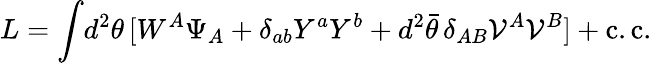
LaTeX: L=\int\! d^{2}\theta\, [W^{A}\Psi_{A}+\delta_{ab}Y^{a}Y^{b}+d^{2}\bar{\theta}\, \delta_{AB}{\cal V}^{A}{\cal V}^{B}]+\mathrm{c.c.}